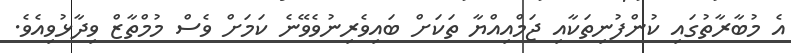
އެ މުބާރާތުގައި ކުންފުނިތަކާއި ޖަމްއިއްޔާ ތަަކަށް ބައިވެރިނުވެވޭނެ ކަަމަށް ވެސް މުމްތާޒް ވިދާޅުވިއެވެ.